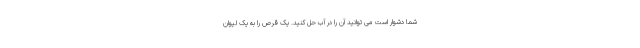
شما دشوار است می توانید آن را در آب حل کنید. یک قرص را به یک لیوان